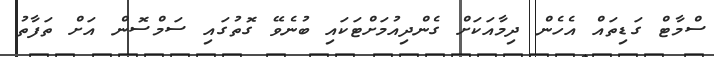
ސްމާޓް ގަޑިތައް އެހެން ދިމާއަކަށް ގެންދިއުމަށްޓަކައި ބުނެވޭ ގޮތުގައި ސަމްސޮން އަށް ތަފާތު